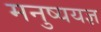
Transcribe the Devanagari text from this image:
मनुष्ययज्ञ